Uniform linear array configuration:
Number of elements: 24
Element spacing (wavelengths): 0.25
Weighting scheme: hann
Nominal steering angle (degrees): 30
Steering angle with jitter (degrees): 31.68
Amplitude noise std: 0.05
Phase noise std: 0.05

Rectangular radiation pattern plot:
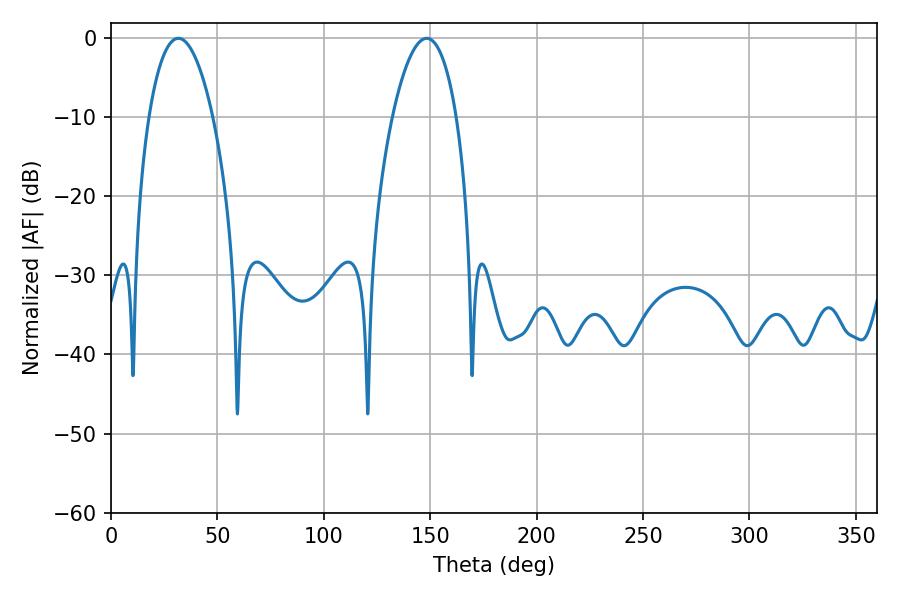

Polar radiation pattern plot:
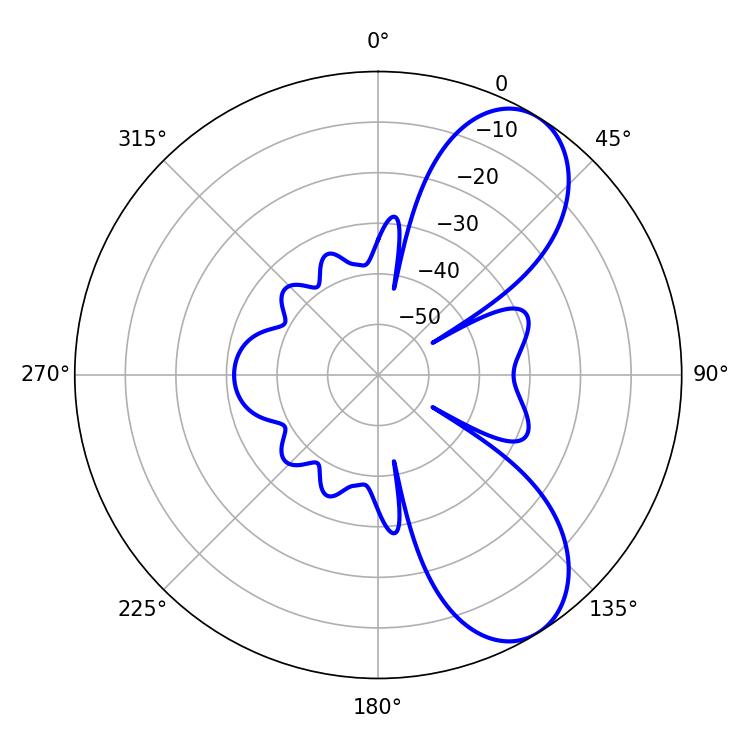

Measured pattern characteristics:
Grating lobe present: FALSE
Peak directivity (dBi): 7.823
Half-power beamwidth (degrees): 16.92
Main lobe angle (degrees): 31.68